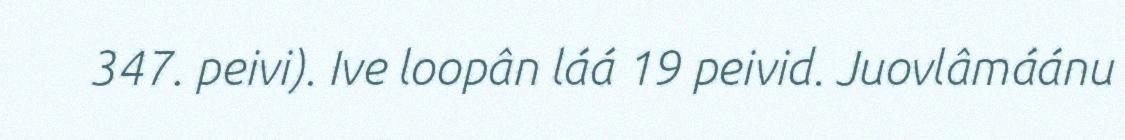
347. peivi). Ive loopân láá 19 peivid. Juovlâmáánu